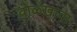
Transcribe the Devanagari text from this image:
वोळ्खावा